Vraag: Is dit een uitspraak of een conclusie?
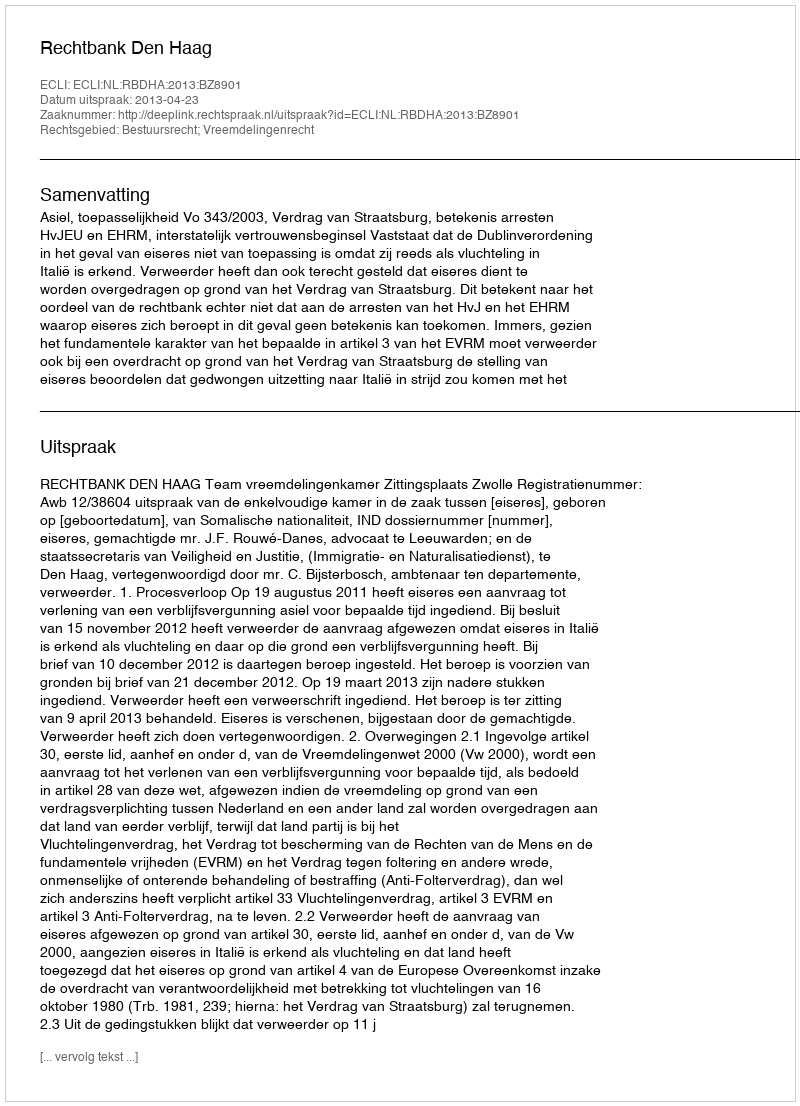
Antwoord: Uitspraak